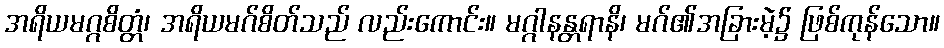
အရိယမဂ္ဂစိတ္တံ၊ အရိယမဂ်စိတ်သည် လည်းကောင်း။ မဂ္ဂါနန္တရာနိ၊ မဂ်၏အခြားမဲ့၌ ဖြစ်ကုန်သော။